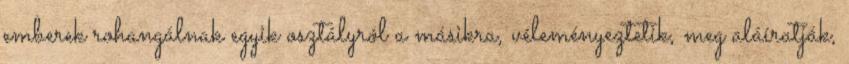
emberek rohangálnak egyik osztályról a másikra, véleményeztetik, meg aláíratják,